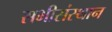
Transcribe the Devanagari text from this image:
सभीसंस्थान